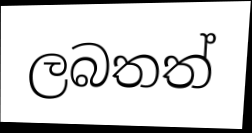
ලබතත්